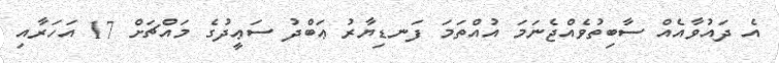
އެ ދައުވާއެއް ސާބިތުވެއްޖެނަމަ އުއްތަމަ ފަނޑިޔާރު ޢަބްދު ސަޢީދުގެ މައްޗަށް 17 އަހަރާއި